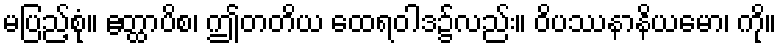
မပြည့်စုံ။ ဧတ္ထာပိစ၊ ဤတတိယ ထေရဝါဒ၌လည်း။ ဝိပဿနာနိယမော၊ ကို။